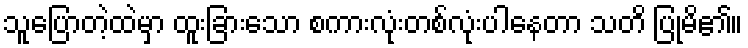
သူပြောတဲ့ထဲမှာ ထူးခြားသော စကားလုံးတစ်လုံးပါနေတာ သတိ ပြုမိ၏။